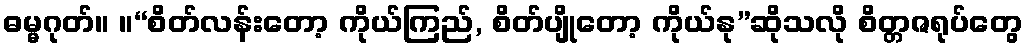
ဓမ္မဂုတ်။ ။“စိတ်လန်းတော့ ကိုယ်ကြည်, စိတ်ပျိုတော့ ကိုယ်နု”ဆိုသလို စိတ္တဇရုပ်တွေ